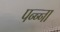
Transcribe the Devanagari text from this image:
पन्‍न्‍ना